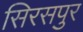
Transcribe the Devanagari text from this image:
सिरसपुर